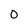
Character: 0